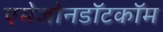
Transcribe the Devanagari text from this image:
एमेजोनडॉटकॉम